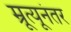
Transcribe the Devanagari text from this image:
म्रूत्यूनंतर